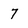
Character: 7